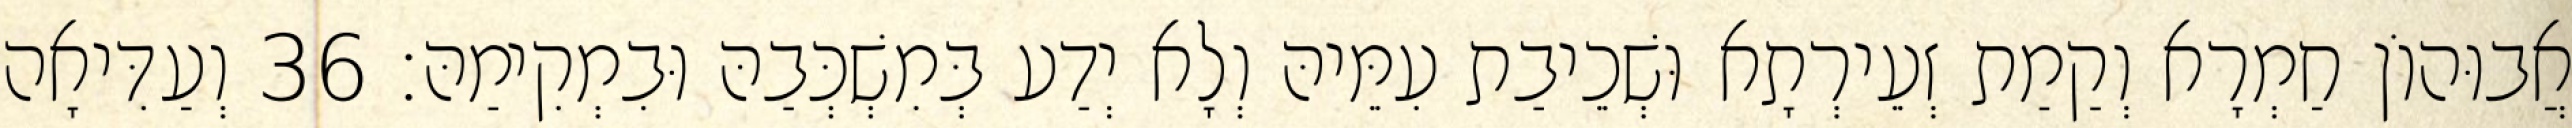
אֲבוּהוֹן חַמְרָא וְקַמַת זְעֵירְתָא וּשְׁכֵיבַת עִמֵּיהּ וְלָא יְדַע בְּמִשְׁכְּבַהּ וּבִמְקִימַהּ׃ 36 וְעַדִּיאָה